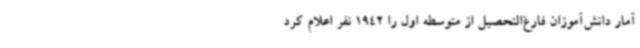
آمار دانش‌آموزان فارغ‌التحصیل از متوسطه اول را 1942 نفر اعلام کرد